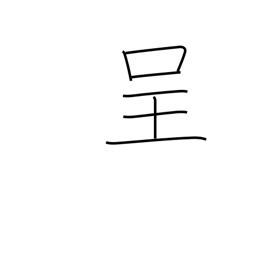
Meaning: present